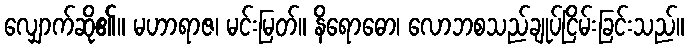
လျှောက်ဆို၏။ မဟာရာဇ၊ မင်းမြတ်။ နိရောဓော၊ လောဘစသည်ချုပ်ငြိမ်းခြင်းသည်။